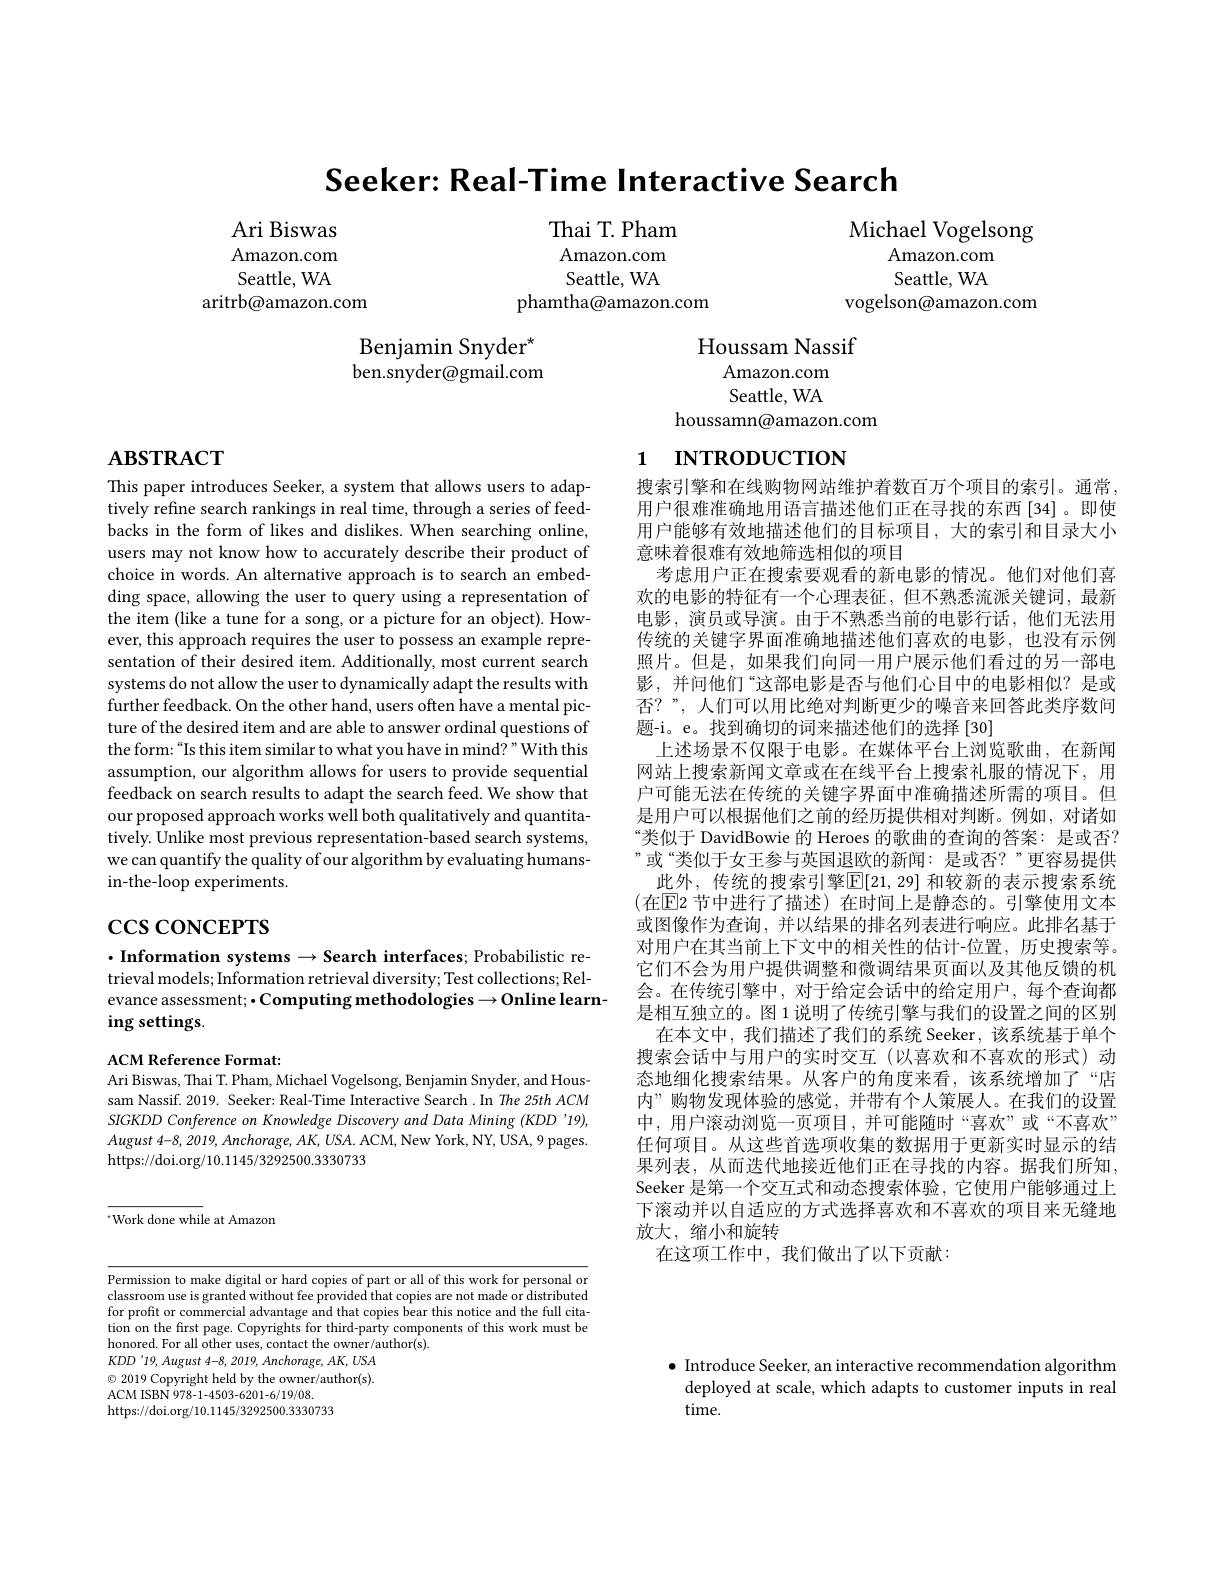
Seeker: Real-Time Interactive Search

Thai T. Pham Amazon. com Seattle, WA
phamtha@amazon.com

Michael Vogelsong
Amazon. com Seattle, WA
vogelson@amazon.com

Ari Biswas Amazon. com Seattle, WA
aritrb@amazon.com

Benjamin Snyder$^{\star}$ ben.snyder@gmail.com

Houssam Nassif
Amazon.com Seattle, WA
houssamn@amazon.com

# $\mathbf{ABSTRACT}$

# 1 INTRODUCTION

This paper introduces Seeker, a system that allows users to adaptively refine search rankings in real time, through a series of feedbacks in the form of likes and dislikes. When searching online, users may not know how to accurately describe their product of choice in words. An alternative approach is to search an embedding space, allowing the user to query using a representation of the item (like a tune for a song, or a picture for an object). However, this approach requires the user to possess an example representation of their desired item. Additionally, most current search systems do not allow the user to dynamically adapt the results with further feedback. On the other hand, users often have a mental picture of the desired item and are able to answer ordinal questions of the form:“Is this item similar to what you have in mind?”With this assumption, our algorithm allows for users to provide sequential feedback on search results to adapt the search feed. We show that our proposed approach works well both qualitatively and quantitatively. Unlike most previous representation-based search systems, we can quantify the quality of our algorithm by evaluating humansin-the-loop experiments.

搜索引擎和在线购物网站维护着数百万个项目的索引。通常， 用户很难准确地用语言描述他们正在寻找的东西[34]。即使用户能够有效地描述他们的目标项目，大的索引和目录大小意味着很难有效地筛选相似的项目
考虑用户正在搜索要观看的新电影的情况。他们对他们喜欢的电影的特征有一个心理表征，但不熟悉流派关键词，最新电影，演员或导演。由于不熟悉当前的电影行话，他们无法用传统的关键字界面准确地描述他们喜欢的电影，也没有示例照片。但是，如果我们向同一用户展示他们看过的另一部电影 , 并问他们“这部电影是否与他们心目中的电影相似？是或否？”,人们可以用比绝对判断更少的噪音来回答此类序数问题-i。e。找到确切的词来描述他们的选择[30]
上述场景不仅限于电影。在媒体平台上浏览歌曲，在新闻网站上搜索新闻文章或在在线平台上搜索礼服的情况下，用户可能无法在传统的关键字界面中准确描述所需的项目。但是用户可以根据他们之前的经历提供相对判断。例如，对诸如“类似于 DavidBowie 的 Heroes 的歌曲的查询的答案：是或否？ ”或“类似于女王参与英国退欧的新闻：是或否？”更容易提供
此外，传统的搜索引擎$\overline{\mathbb{E}}[21,29]$ 和较新的表示搜索系统$(在因2节中进行了描述)$在时间上是静态的。引擎使用文本或图像作为查询，并以结果的排名列表进行响应。此排名基于对用户在其当前上下文中的相关性的估计-位置，历史搜索等。它们不会为用户提供调整和微调结果页面以及其他反馈的机会。在传统引擎中，对于给定会话中的给定用户，每个查询都是相互独立的。图 1 说明了传统引擎与我们的设置之间的区别
在本文中，我们描述了我们的系统 Seeker, 该系统基于单个搜索会话中与用户的实时交互(以喜欢和不喜欢的形式)动态地细化搜索结果。从客户的角度来看，该系统增加了“店内”购物发现体验的感觉，并带有个人策展人。在我们的设置中，用户滚动浏览一页项目，并可能随时“喜欢”或“不喜欢” 任何项目。从这些首选项收集的数据用于更新实时显示的结果列表，从而迭代地接近他们正在寻找的内容。据我们所知， Seeker 是第一个交互式和动态搜索体验，它使用户能够通过上下滚动并以自适应的方式选择喜欢和不喜欢的项目来无缝地放大，缩小和旋转
在这项工作中，我们做出了以下贡献：

# $\csc$coNCEPTS

$\cdot$Information systems$\to$Search interfaces; Probabilistic retrieval models; Information retrieval diversity; Test collections; Relevance assessment; • Computing methodologies → Online learn-
ing settings.

# ACM Reference Format:
Ari Biswas, Thai T. Pham, Michael Vogelsong, Benjamin Snyder, and Hous-

sam Nassif. 2019. Seeker: Real-Time Interactive Search .In The 25th ACM SIGKDD Conference on Knowledge Discovery and Data Mining (KDD'19), August 4-8, 2019, $Anchorage$, $AK$, $USA.$ $ACM$, New York, NY, USA, 9 pages. https://doi.org/10.1145/3292500.3330733

$^{*}$Work done while at Amazon

Permission to make digital or hard copies of part or all of this work for personal or classroom use is granted without fee provided that copies are not made or distributed for profit or commercial advantage and that copies bear this notice and the full citation on the first page. Copyrights for third-party components of this work must be honored. For all other uses, contact the owner/author(s).
$KDD^{\prime}19,August4-8,2019,Anchorage,AK,USA$ $\odot$ 2019 Copyright held by the owner/author(s). ACM ISBN 978-1-4503-6201-6/19/08.
https://doi.org/10.1145/3292500.3330733

$\bullet$ Introduce Seeker, an interactive recommendation algorithm deployed at scale, which adapts to customer inputs in real time.